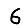
Digit: 6